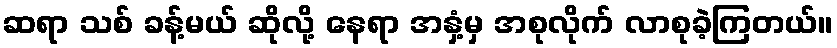
ဆရာ သစ် ခန့်မယ် ဆိုလို့ နေရာ အနှံ့မှ အစုလိုက် လာစုခဲ့ကြတယ်။